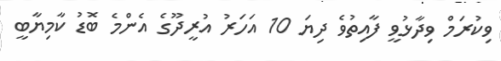
ވިކުރަމް ވިދާޅުވީ ފާއިތުވެ ދިޔަ 10 އަހަރު އުރީދޫގެ އެންމެ ބޮޑު ކާމިޔާބީ